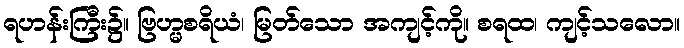
ရဟန်းကြီး၌။ ဗြဟ္မစရိယံ၊ မြတ်သော အကျင့်ကို။ စရထ၊ ကျင့်သလော။